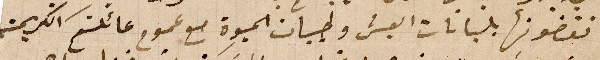
تقضونها بلبانات العيش وطيبات الحيوِة مع عموم عائلتكم الكريمة